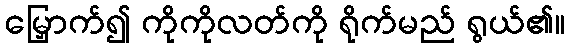
မြှောက်၍ ကိုကိုလတ်ကို ရိုက်မည် ရွယ်၏။